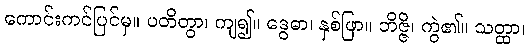
ကောင်းကင်ပြင်မှ။ ပတိတွာ၊ ကျ၍။ ဒွေဓာ၊ နှစ်ဖြာ။ ဘိဇ္ဇိ၊ ကွဲ၏။ သတ္ထာ၊